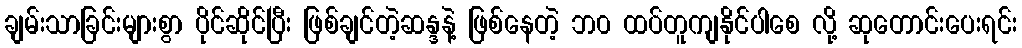
ချမ်းသာခြင်းများစွာ ပိုင်ဆိုင်ပြီး ဖြစ်ချင်တဲ့ဆန္ဒနဲ့ ဖြစ်နေတဲ့ ဘ၀ ထပ်တူကျနိုင်ပါစေ လို့ ဆုတောင်းပေးရင်း